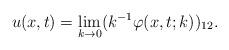
LaTeX: \begin{align*}u(x,t)=\lim _{k\rightarrow 0} ( k^{-1} \varphi (x,t;k))_{12}.\end{align*}